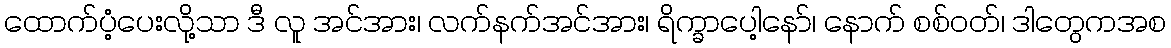
ထောက်ပံ့ပေးလို့သာ ဒီ လူ အင်အား၊ လက်နက်အင်အား၊ ရိက္ခာပေါ့နော်၊ နောက် စစ်ဝတ်၊ ဒါတွေကအစ